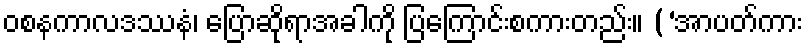
ဝစနကာလဒဿနံ၊ ပြောဆိုရာအခါကို ပြကြောင်းစကားတည်း။ (‘အာပတ်ကား